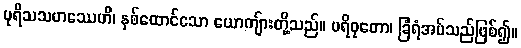
ပုရိသသဟဿေဟိ၊ နှစ်ထောင်သော ယောကျ်ားတို့သည်။ ပရိဝုတော၊ ခြံရံအပ်သည်ဖြစ်၍။